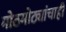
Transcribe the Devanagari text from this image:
मोठमोठ्यांचाही